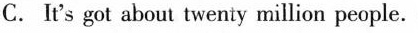
C. It's got about twenty million people.